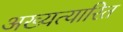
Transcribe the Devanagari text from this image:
अख्यत्यारित